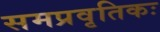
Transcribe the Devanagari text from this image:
समप्रवृतिकः